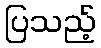
ပြသည့်